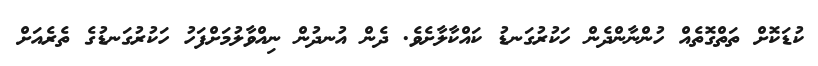
ކުޑަކޮށް ތަތްގޮތެއް ހުންނާންދެން ހަކުރުގަނޑު ކައްކާލާށެވެ. ދެން އުނދުން ނިއްވާލުމަށްފަހު ހަކުރުގަނޑުގެ ތެރެއަށް